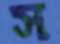
স